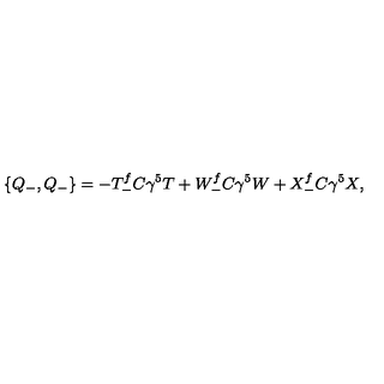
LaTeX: \{ Q _ { - } , Q _ { - } \} = - T _ { - } ^ { f } C \gamma ^ { 5 } T + W _ { - } ^ { f } C \gamma ^ { 5 } W + X _ { - } ^ { f } C \gamma ^ { 5 } X ,